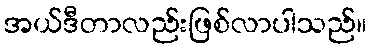
အယ်ဒီတာလည်းဖြစ်လာပါသည်။